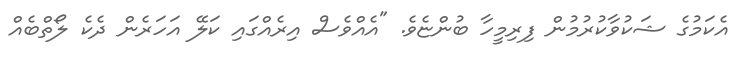
އެކަމުގެ ޝަކުވާކުރުމުން ފިރިމީހާ ބުންޏެވެ. "އެއްވެސް އިރެއްގައި ކަލޭ އަހަރެން ދެކެ ލޯތްބެއް